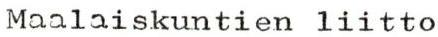
Maalaiskuntien liitto